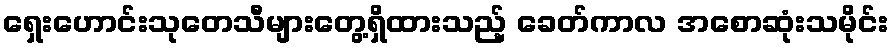
ရှေးဟောင်းသုတေသီများတွေ့ရှိထားသည့် ခေတ်ကာလ အစောဆုံးသမိုင်း